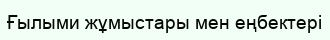
Ғылыми жұмыстары мен еңбектері